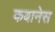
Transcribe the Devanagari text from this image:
कबानेस